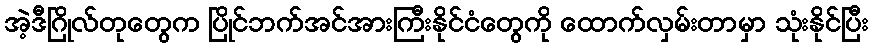
အဲ့ဒီဂြိုလ်တုတွေက ပြိုင်ဘက်အင်အားကြီးနိုင်ငံတွေကို ထောက်လှမ်းတာမှာ သုံးနိုင်ပြီး